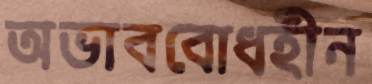
অভাববোধহীন